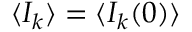
\langle I _ { k } \rangle = \langle I _ { k } ( 0 ) \rangle